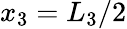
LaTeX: x_{3}=L_{3}/2